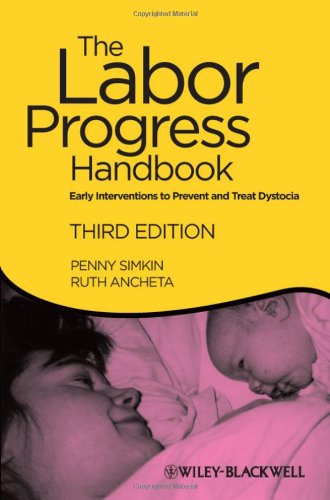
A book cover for The Labor Progress Handbook: Early Interventions to Prevent and Treat Dystocia; Penny Simkin; Medical Books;